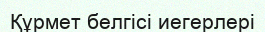
Құрмет белгісі иегерлері